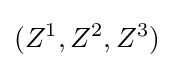
(Z^{1},Z^{2},Z^{3})